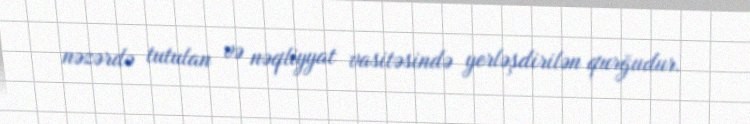
nəzərdə tutulan və nəqliyyat vasitəsində yerləşdirilən qurğudur.